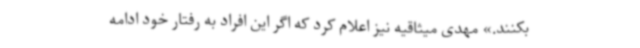
بکنند.» مهدی میثاقیه نیز اعلام کرد که اگر این افراد به رفتار خود ادامه